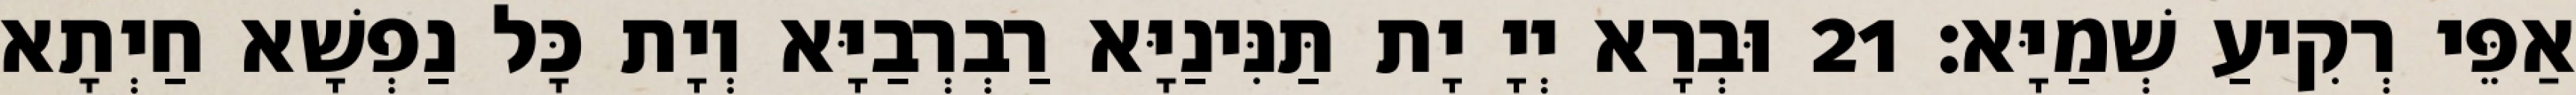
אַפֵּי רְקִיעַ שְׁמַיָּא׃ 21 וּבְרָא יְיָ יָת תַּנִּינַיָּא רַבְרְבַיָּא וְיָת כָּל נַפְשָׁא חַיְתָא